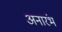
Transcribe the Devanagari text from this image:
अनारंभ